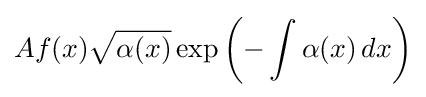
Af(x){\sqrt {\alpha (x)}}\exp \left(-\int \alpha (x)\,dx\right)